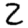
Digit: 2